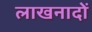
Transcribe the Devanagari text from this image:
लाखनादों